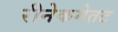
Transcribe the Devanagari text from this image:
रीनेकमेतट